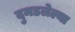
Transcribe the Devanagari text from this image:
दुमडलेल्या